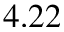
4 . 2 2